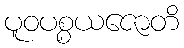
ပူဝပစ္စယဇောတိ